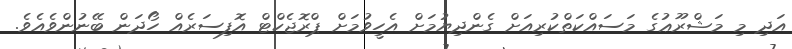
އަދި މި މަޝްރޫޢުގެ މަސައްކަތްކުރިއަށް ގެންދިޔުމަށް އެހީވުމަށް ޕްރޮޖެކްޓް އޮފިސަރެއް ހޯދަން ބޭނުންވެއެވެ.